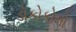
ડોકોકોમો